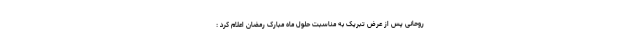
روحانی پس از عرض تبریک به مناسبت حلول ماه مبارک رمضان اعلام کرد :